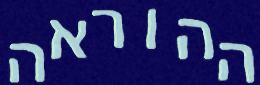
ההוראה